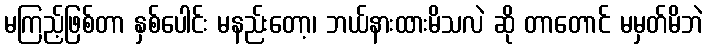
မကြည့်ဖြစ်တာ နှစ်ပေါင်း မနည်းတော့၊ ဘယ်နားထားမိသလဲ ဆို တာတောင် မမှတ်မိဘဲ